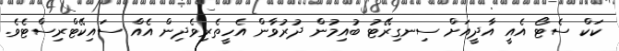
ކަކް ސެޓޯ އެއީ އާދީއަށް ސިނގިރޭޓު ބުއިމުން ދުރުވާން އެހީތެރިވެދިން އެއް ސައިކޭޓްރިސްޓެވެ.